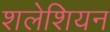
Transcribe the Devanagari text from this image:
शलेशियन